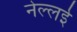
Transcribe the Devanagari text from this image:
नेल्लई